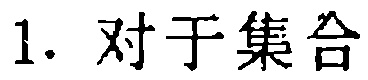
1. 对于集合